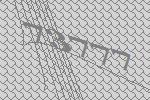
73777